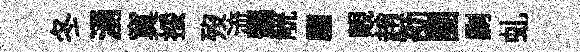
冬湧寞挼歿流豔觥翩覿趙劭團剿虬